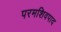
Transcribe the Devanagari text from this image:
परमशिवपाद